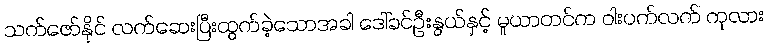
သက်ဇော်နိုင် လက်ဆေးပြီးထွက်ခဲ့သောအခါ ဒေါ်ခင်ဦးနွယ်နှင့် မူယာတင်က ဝါးပက်လက် ကုလား